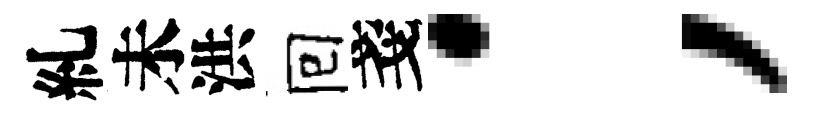
糺未洪囘戔；